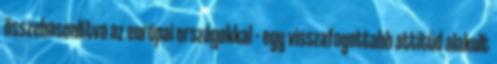
összehasonlítva az európai országokkal – egy visszafogottabb attitűd alakult